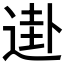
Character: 𰻀